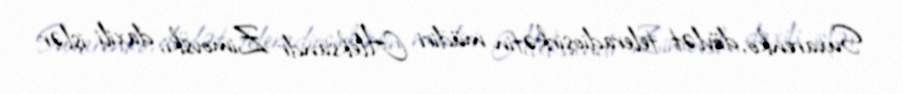
Suxarenko, dövlət teleradioşirkətin müdiri Aleksandr Zimovski, daxili işlər